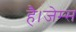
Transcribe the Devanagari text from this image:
है।जेम्स